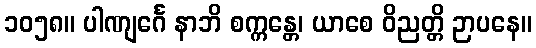
၁၀၅၈။ ပါဏျင်္ဂေ နာဘိ စက္ကန္တေ၊ ယာစေ ဝိညတ္တိ ဉာပနေ။